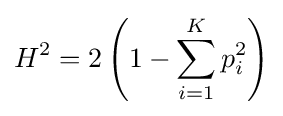
H^{2}=2\left(1-\sum _{i=1}^{K}p_{i}^{2}\right)